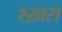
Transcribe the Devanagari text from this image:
श्ख़स